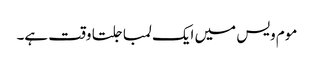
موم ویس میں ایک لمبا جلتا وقت ہے۔